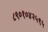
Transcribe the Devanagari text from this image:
८९०१०४२५९५